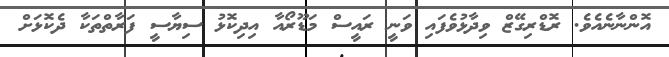
އޮންނާނެއެވެ. ރޮޑްރިގޭޒް ވިދާޅުވެފައި ވަނީ ރައީސް މަޑޫރޯއާ އިދިކޮޅު ސިޔާސީ ފަރާތްތަކާ ދެކޮޅަށް